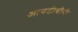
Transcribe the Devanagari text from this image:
आयटीबीपी